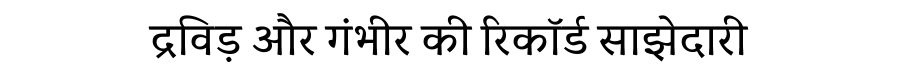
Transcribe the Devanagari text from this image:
द्रविड़ और गंभीर की रिकॉर्ड साझेदारी